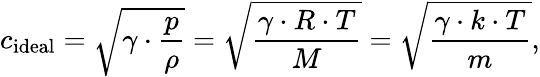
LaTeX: c_{\mathrm{ideal}}={\sqrt{\gamma\cdot{\frac{p}{\rho}}}}={\sqrt{\frac{\gamma\cdot R\cdot T}{M}}}={\sqrt{\frac{\gamma\cdot k\cdot T}{m}}},